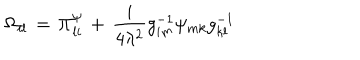
LaTeX: \Omega _ { i l } \, = \, \Pi _ { l i } ^ { \psi } \, + \, \frac { i } { 4 \lambda ^ { 2 } } g _ { i m } ^ { - 1 } \psi _ { m k } g _ { k l } ^ { - 1 }